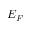
E _ { F }